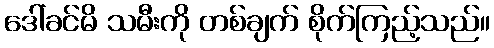
ဒေါ်ခင်မိ သမီးကို တစ်ချက် စိုက်ကြည့်သည်။